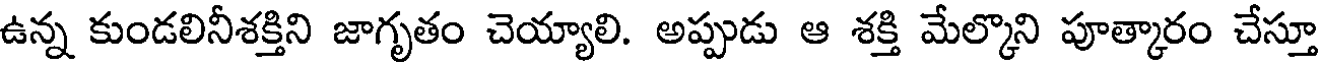
ఉన్న కుండలినీశక్తిని జాగృతం చెయ్యాలి. అప్పుడు ఆ శక్తి మేల్కొని పూత్కారం చేస్తూ